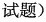
试题)